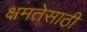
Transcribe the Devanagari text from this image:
क्षमतेसाठी